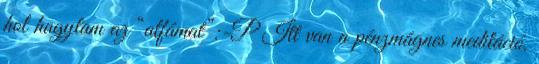
hol hagytam az “alfámat”:-P Itt van a pénzmágnes meditáció,